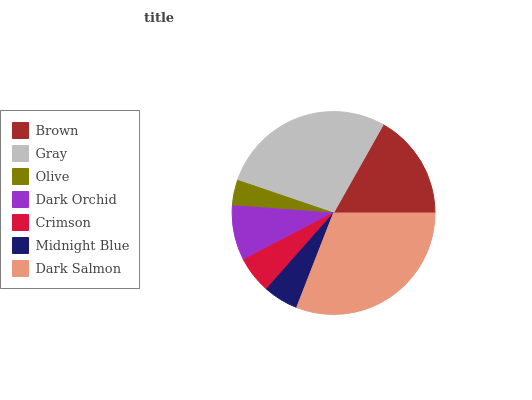
| Brown | Gray | Olive | Dark Orchid | Crimson | Midnight Blue | Dark Salmon |
 | --- | --- | --- | --- | --- | --- | --- |
 | 16.9% | 28% | 4.07% | 8.76% | 5.87% | 5.58% | 30.9% |